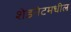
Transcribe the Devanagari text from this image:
शेडनेटमधील